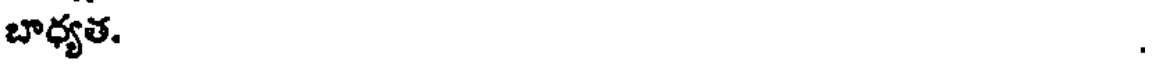
బాధ్యత.